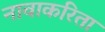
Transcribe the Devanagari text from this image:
नावाकरिता